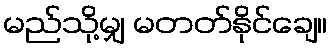
မည်သို့မျှ မတတ်နိုင်ချေ။